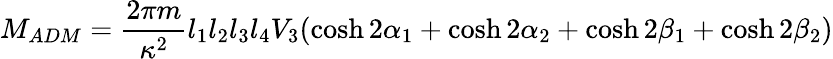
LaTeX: M_{ADM}=\frac{2\pi m}{\kappa^{2}}l_{1}l_{2}l_{3}l_{4}V_{3}(\cosh 2\alpha_{1}+\cosh 2\alpha_{2}+\cosh 2\beta_{1}+\cosh 2\beta_{2})